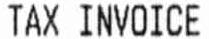
TAX INVOICE